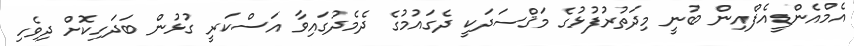
އެމްއެންޑީއެފްއިން ބުނީ މިދަތުރުފުޅުގެ މަޤްސަދަކީ ދެގައުމުގެ ދެމެދުގައިވާ އަސްކަރީ ގުޅުން ބަދަހިކޮށް ދިވެހި